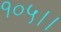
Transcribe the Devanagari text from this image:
१०५।।